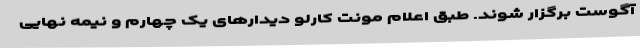
آگوست برگزار شوند. طبق اعلام مونت کارلو دیدارهای یک چهارم و نیمه نهایی